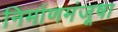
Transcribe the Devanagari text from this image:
निर्माणमंजूषा